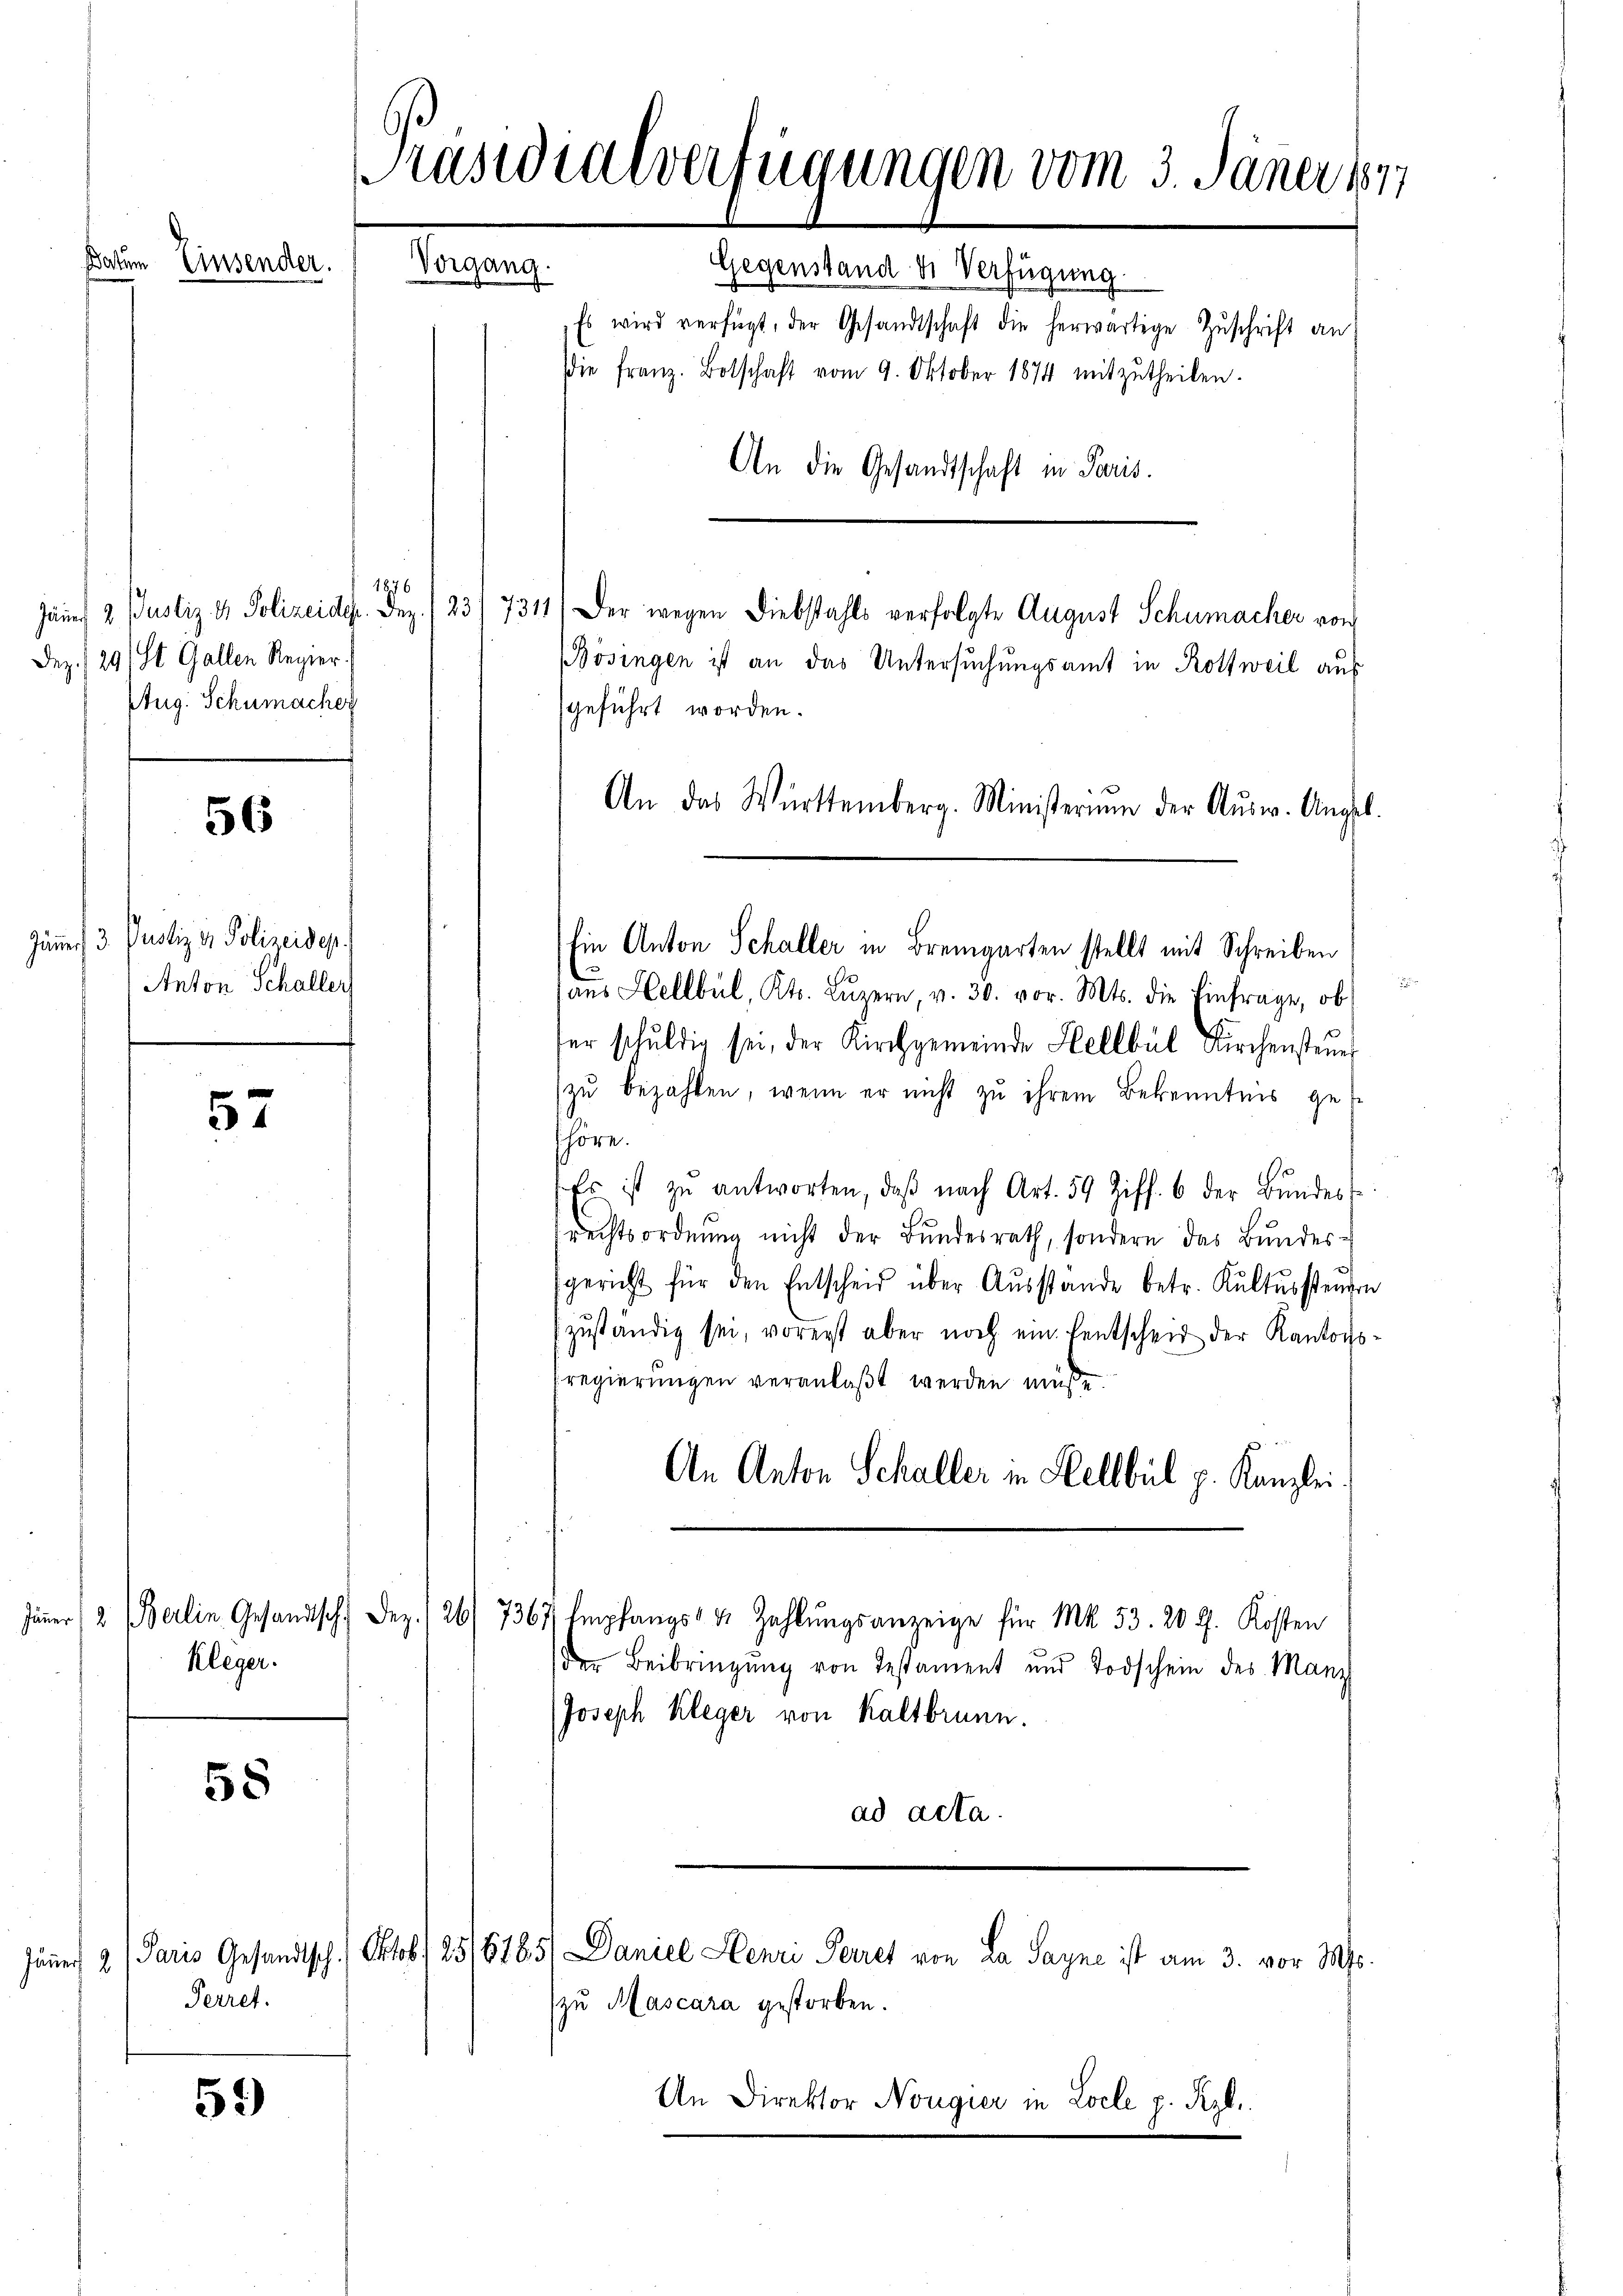
slasten

Jäner 2. Justiz- & Polizeide. Dez
Dez. 291 St. Gallen Regier
Aug. Schumacher

Jänner 3 Paotiz v. Polizeideg
Anton Schaller

Kleger.

Perret.

Kasidialverfügungen vom 3. Jäner 1877
Einsender.
Teleg
Gegenstand der Verfügung
Es wird verfügt, der Gesandtschaft die herwärtige Zŭschrift an:

56

57

58

59)

1876

Die franz. Botschaft vom 9. Oktober 1874 mitzŭtheilen.
An die Gesandtschaft in Paris.
23/7311) Der wegen Diebstahls verfolgte August Schumacher von
BBösingen ist an das Untersuchungsamt in Rottweil aus
geführt worden.
aŭs Hellbul, Kts. Lŭzern, v. 30. vor. Mts. die Einfrage, ob
ser schŭldig sei, der Kirchgemeinde Hellbül Kirchensteŭer
zu bezahlen, wenn er nicht zu ihrem Bekenntnis ges
höre.
e
Es ist zŭ antworten, daβ nach Art. 59 Ziff. 6 der Bindest
rechtsordnŭng nicht der Bundesrath, sondern das Bundes-
sgericht für den Entscheid über Aŭsstande betr. Kultussteŭgen
zŭständig sei, vorerst aber noch ein Lentscheid der Kantons
sregierungen veranlaßt werden müsse.
An Anton Schaller in Hellbul p. Kanzlei
Jener, 2 (Berlin Gesandtsch. Dez. 126/7367 Empfangs- & Zahlŭngsanzeige für Mk. 53. 20 J. Kosten
der Beibringung von Testament und Todschein des Manz
Joseph Kleger von Kaltbrunn.
ad acta.

zu Mascara gestorben.

Ein Anton Schaller in Bremgarten stellt mit Schreiben

Jäner 2 Paris Gesandtsch. Oktob. 25/6185/ Daniel Henri Perret von La Sayne ist am 3. vor Mts.

An das Württemberg. Ministerium der Aŭsw. Angel

An Direktor Nougier in Locle p. Rzl.